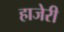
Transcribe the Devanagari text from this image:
हाजेरी